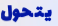
يتحول